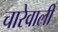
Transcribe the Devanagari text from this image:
चारेवाली